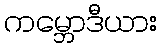
ကမ္ဘောဒီယား